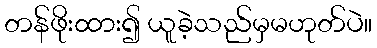
တန်ဖိုးထား၍ ယူခဲ့သည်မှမဟုတ်ပဲ။